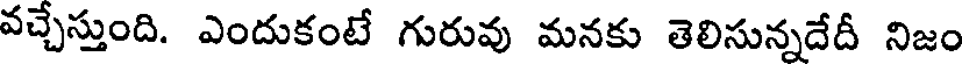
వచ్చేస్తుంది. ఎందుకంటే గురువు మనకు తెలిసున్నదేదీ నిజం